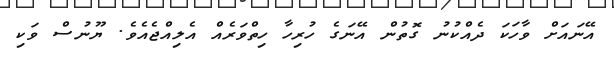
އޭނައަށް ވާހަކަ ދެއްކުނު ގޮތުން އޭނަގެ ހުރިހާ ހިތްވަރެއް އެލިއްޖެއެވެ. ޔޫނުސް ވަކި